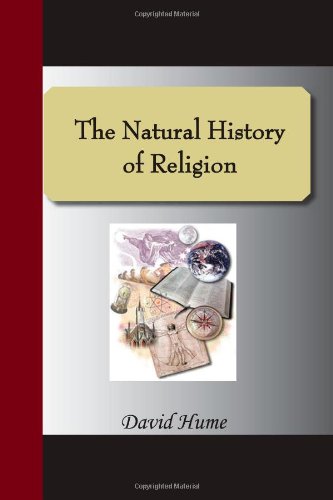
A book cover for The Natural History Of Religion; David Hume; Religion & Spirituality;